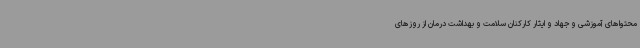
محتواهای آموزشی و جهاد و ایثار کارکنان سلامت و بهداشت درمان از روزهای